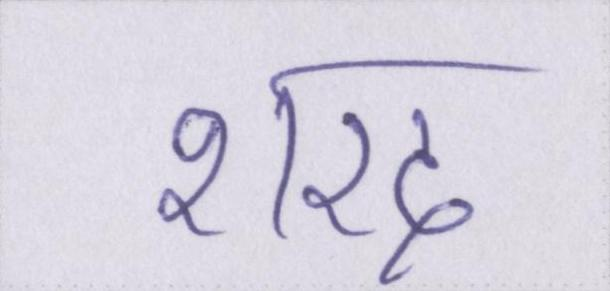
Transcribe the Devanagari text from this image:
शरद